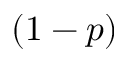
\left( 1 - p \right)